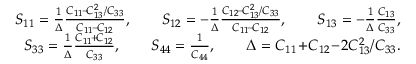
\begin{array} { r l r } & { } & { S _ { 1 1 } = \frac { 1 } { \Delta } \frac { C _ { 1 1 } \! - \! C _ { 1 3 } ^ { 2 } / C _ { 3 3 } } { C _ { 1 1 } \! - \! C _ { 1 2 } } , \qquad S _ { 1 2 } = - \frac { 1 } { \Delta } \frac { C _ { 1 2 } \! - \! C _ { 1 3 } ^ { 2 } / C _ { 3 3 } } { C _ { 1 1 } \! - \! C _ { 1 2 } } , \qquad S _ { 1 3 } = - \frac { 1 } { \Delta } \frac { C _ { 1 3 } } { C _ { 3 3 } } , } \\ & { } & { S _ { 3 3 } = \frac { 1 } { \Delta } \frac { C _ { 1 1 } \! + \! C _ { 1 2 } } { C _ { 3 3 } } , \qquad S _ { 4 4 } = \frac { 1 } { C _ { 4 4 } } , \qquad \Delta = C _ { 1 1 } \! + \! C _ { 1 2 } \! - \! 2 C _ { 1 3 } ^ { 2 } / C _ { 3 3 } . } \end{array}